Indian journal of veterinary science and animal husbandry - Volume 3,
Year: 1933
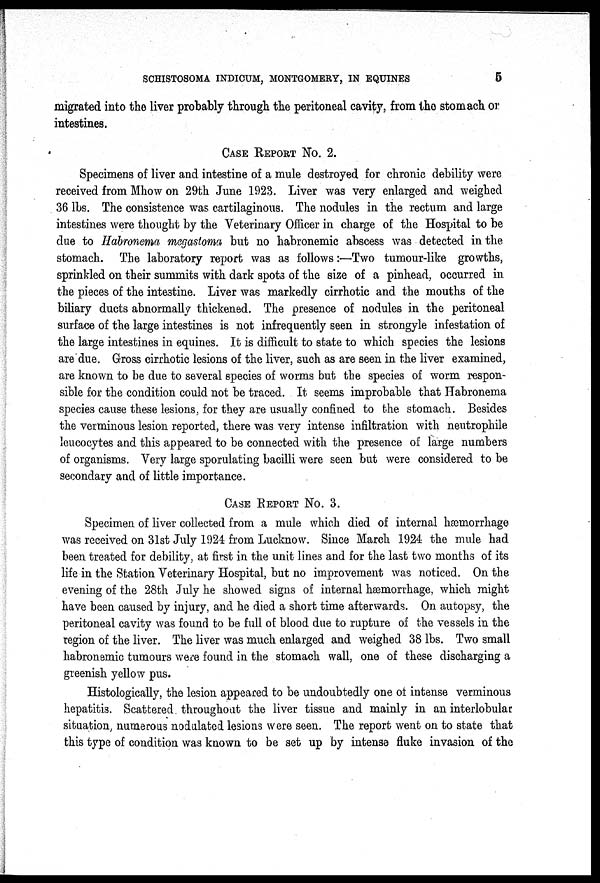
SCHISTOSOMA INDICUM, MONTGOMERY, IN EQUINES
5
migrated into the liver probably through the peritoneal cavity, from the stomach or
intestines.
CASE REPORT NO. 2.
Specimens of liver and intestine of a mule destroyed for chronic debility were
received from Mhow on 29th June 1923. Liver was very enlarged and weighed
36 lbs. The consistence was cartilaginous. The nodules in the rectum and large
intestines were thought by the Veterinary Officer in charge of the Hospital to be
due to Habronema megastoma but no habronemic abscess was detected in the
stomach. The laboratory report was as follows:—Two tumour-like growths,
sprinkled on their summits with dark spots of the size of a pinhead, occurred in
the pieces of the intestine. Liver was markedly cirrhotic and the mouths of the
biliary ducts abnormally thickened. The presence of nodules in the peritoneal
surface of the large intestines is not infrequently seen in strongyle infestation of
the large intestines in equines. It is difficult to state to which species the lesions
are due. Gross cirrhotic lesions of the liver, such as are seen in the liver examined,
are known to be due to several species of worms but the species of worm respon-
sible for the condition could not be traced. It seems improbable that Habronema
species cause these lesions, for they are usually confined to the stomach. Besides
the verminous lesion reported, there was very intense infiltration with neutrophile
leucocytes and this appeared to be connected with the presence of large numbers
of organisms. Very large sporulating bacilli were seen but were considered to be
secondary and of little importance.
CASE REPORT NO. 3.
Specimen of liver collected from a mule which died of internal hæmorrhage
was received on 31st July 1924 from Lucknow. Since March 1924 the mule had
been treated for debility, at first in the unit lines and for the last two months of its
life in the Station Veterinary Hospital, but no improvement was noticed. On the
evening of the 28th July he showed signs of internal hæmorrhage, which might
have been caused by injury, and he died a short time afterwards. On autopsy, the
peritoneal cavity was found to be full of blood due to rupture of the vessels in the
region of the liver. The liver was much enlarged and weighed 38 lbs. Two small
habronemic tumours were found in the stomach wall, one of these discharging a
greenish yellow pus.
Histologically, the lesion appeared to be undoubtedly one of intense verminous
hepatitis. Scattered throughout the liver tissue and mainly in an interlobular
situation, numerous nodulated lesions were seen. The report went on to state that
this type of condition was known to be set up by intense fluke invasion of the